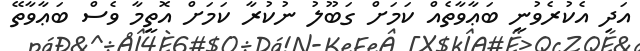
އަދި އެކުރެވުނީ ބަޢާވާތެއް ކަމަށް ގަބޫލު ނުކުރާ ކަމަށް އޮތީމާ ވެސް ބަޢާވާތޭ